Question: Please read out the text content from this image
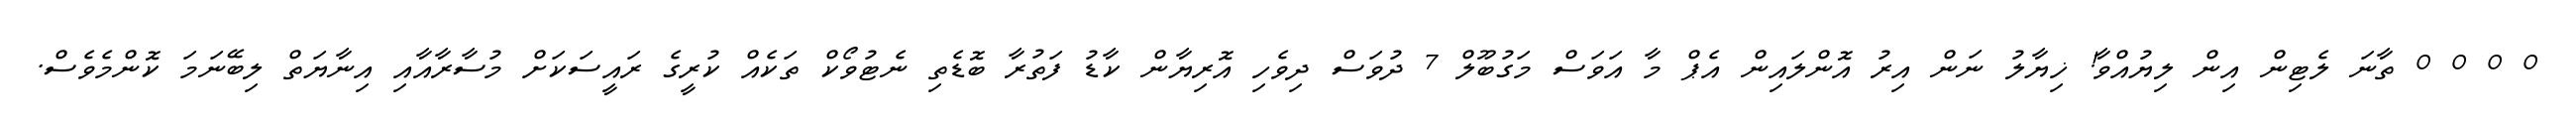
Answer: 0 0 0 0 ތާނަ ލެޓިން އިން ލިޔުއްވާ! ޚިޔާލު ނަން އިރު އޮންލައިން އެޕް މާ އަވަސް މަގުބޫލް 7 ދުވަސް ދިވެހި އޮރިޔާން ކާޑު ފަތުރާ ބޮޑެތި ނެޓުވޯކް ތަކެއް ކުރީގެ ރައީސަކަށް މުސާރާއާއި އިނާޔަތް ލިބޭނަމަ ކޮންމެވެސް.